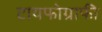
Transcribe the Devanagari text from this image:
टायफोग्राफी